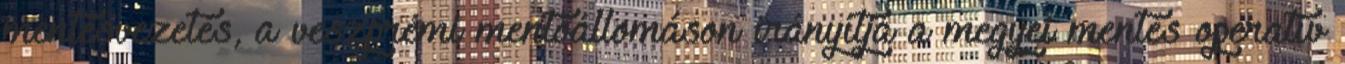
mentésvezetés, a veszprémi mentőállomáson irányítja a megyei mentés operatív